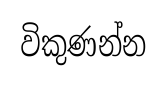
විකුණන්න